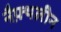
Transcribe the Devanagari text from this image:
नैफ़्थलीन